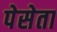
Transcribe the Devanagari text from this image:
पेसेता